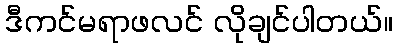
ဒီကင်မရာဖလင် လိုချင်ပါတယ်။